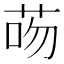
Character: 𦮶